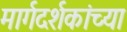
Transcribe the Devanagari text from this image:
मार्गदर्शकांच्या